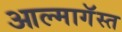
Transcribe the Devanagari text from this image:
आल्मागॅस्त